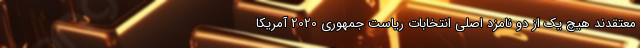
معتقدند هیچ یک از دو نامزد اصلی انتخابات ریاست جمهوری 2020 آمریکا